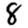
Digit: 8